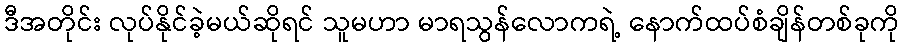
ဒီအတိုင်း လုပ်နိုင်ခဲ့မယ်ဆိုရင် သူမဟာ မာရသွန်လောကရဲ့ နောက်ထပ်စံချိန်တစ်ခုကို